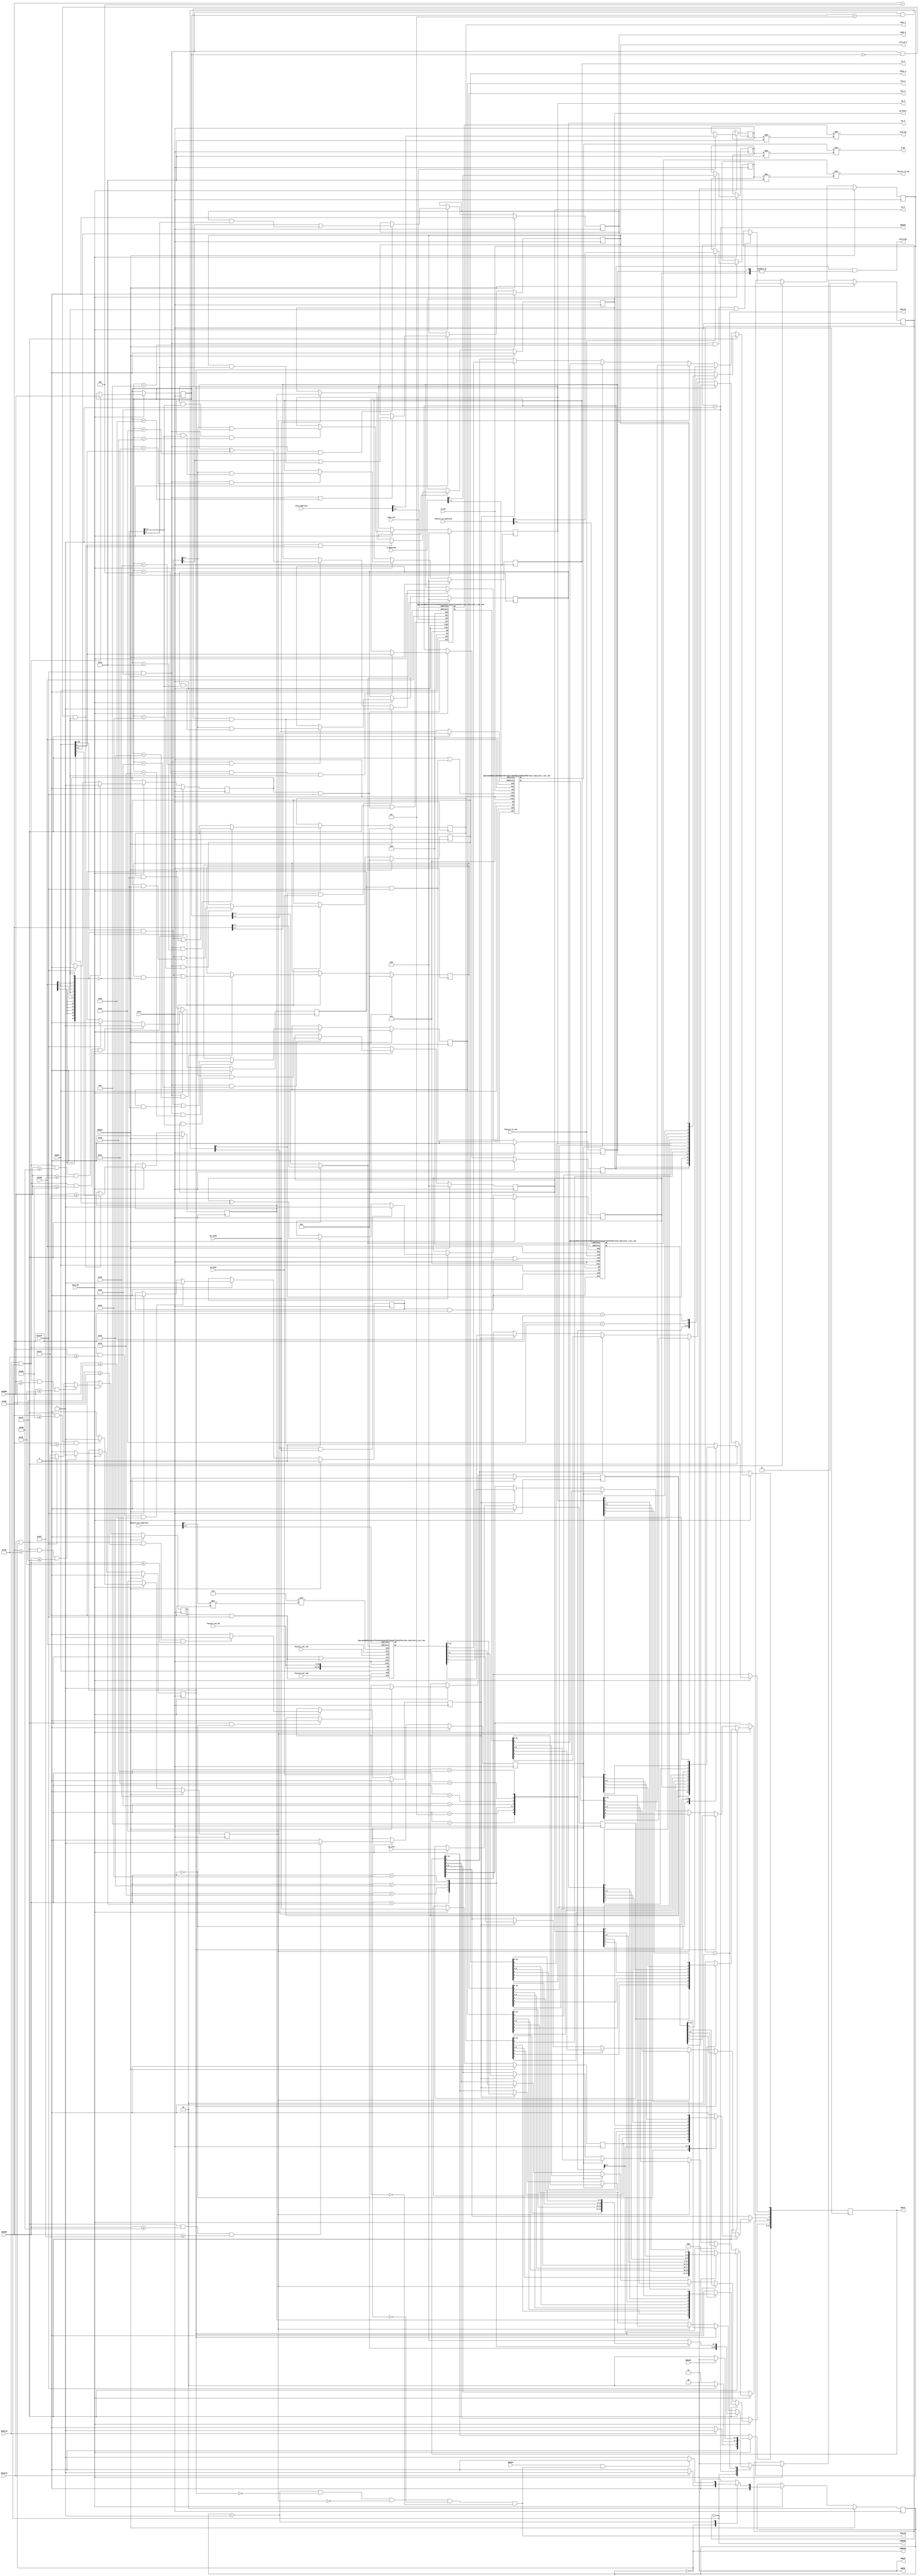
// ==============================================================
// File generated on Sun Apr 28 14:40:29 +0800 2024
// Vivado(TM) HLS - High-Level Synthesis from C, C++ and SystemC v2018.3 (64-bit)
// SW Build 2405991 on Thu Dec  6 23:38:27 MST 2018
// IP Build 2404404 on Fri Dec  7 01:43:56 MST 2018
// Copyright 1986-2018 Xilinx, Inc. All Rights Reserved.
// ==============================================================
`timescale 1ns/1ps
module Conv_AXILiteS_s_axi
#(parameter
    C_S_AXI_ADDR_WIDTH = 11,
    C_S_AXI_DATA_WIDTH = 32
)(
    // axi4 lite slave signals
    input  wire                          ACLK,
    input  wire                          ARESET,
    input  wire                          ACLK_EN,
    input  wire [C_S_AXI_ADDR_WIDTH-1:0] AWADDR,
    input  wire                          AWVALID,
    output wire                          AWREADY,
    input  wire [C_S_AXI_DATA_WIDTH-1:0] WDATA,
    input  wire [C_S_AXI_DATA_WIDTH/8-1:0] WSTRB,
    input  wire                          WVALID,
    output wire                          WREADY,
    output wire [1:0]                    BRESP,
    output wire                          BVALID,
    input  wire                          BREADY,
    input  wire [C_S_AXI_ADDR_WIDTH-1:0] ARADDR,
    input  wire                          ARVALID,
    output wire                          ARREADY,
    output wire [C_S_AXI_DATA_WIDTH-1:0] RDATA,
    output wire [1:0]                    RRESP,
    output wire                          RVALID,
    input  wire                          RREADY,
    output wire                          interrupt,
    // user signals
    output wire                          ap_start,
    input  wire                          ap_done,
    input  wire                          ap_ready,
    input  wire                          ap_idle,
    output wire [15:0]                   CHin_V,
    output wire [15:0]                   Hin_V,
    output wire [15:0]                   Win_V,
    output wire [15:0]                   CHout_V,
    output wire [7:0]                    Kx_V,
    output wire [7:0]                    Ky_V,
    output wire [7:0]                    Sx_V,
    output wire [7:0]                    Sy_V,
    output wire [0:0]                    mode_V,
    output wire [0:0]                    relu_en_V,
    input  wire [6:0]                    feature_in_address0,
    input  wire                          feature_in_ce0,
    output wire [15:0]                   feature_in_q0,
    input  wire [3:0]                    W_address0,
    input  wire                          W_ce0,
    output wire [15:0]                   W_q0,
    input  wire [6:0]                    bias_address0,
    input  wire                          bias_ce0,
    output wire [15:0]                   bias_q0,
    input  wire [6:0]                    feature_out_address0,
    input  wire                          feature_out_ce0,
    input  wire                          feature_out_we0,
    input  wire [15:0]                   feature_out_d0
);
//------------------------Address Info-------------------
// 0x000 : Control signals
//         bit 0  - ap_start (Read/Write/COH)
//         bit 1  - ap_done (Read/COR)
//         bit 2  - ap_idle (Read)
//         bit 3  - ap_ready (Read)
//         bit 7  - auto_restart (Read/Write)
//         others - reserved
// 0x004 : Global Interrupt Enable Register
//         bit 0  - Global Interrupt Enable (Read/Write)
//         others - reserved
// 0x008 : IP Interrupt Enable Register (Read/Write)
//         bit 0  - Channel 0 (ap_done)
//         bit 1  - Channel 1 (ap_ready)
//         others - reserved
// 0x00c : IP Interrupt Status Register (Read/TOW)
//         bit 0  - Channel 0 (ap_done)
//         bit 1  - Channel 1 (ap_ready)
//         others - reserved
// 0x010 : Data signal of CHin_V
//         bit 15~0 - CHin_V[15:0] (Read/Write)
//         others   - reserved
// 0x014 : reserved
// 0x018 : Data signal of Hin_V
//         bit 15~0 - Hin_V[15:0] (Read/Write)
//         others   - reserved
// 0x01c : reserved
// 0x020 : Data signal of Win_V
//         bit 15~0 - Win_V[15:0] (Read/Write)
//         others   - reserved
// 0x024 : reserved
// 0x028 : Data signal of CHout_V
//         bit 15~0 - CHout_V[15:0] (Read/Write)
//         others   - reserved
// 0x02c : reserved
// 0x030 : Data signal of Kx_V
//         bit 7~0 - Kx_V[7:0] (Read/Write)
//         others  - reserved
// 0x034 : reserved
// 0x038 : Data signal of Ky_V
//         bit 7~0 - Ky_V[7:0] (Read/Write)
//         others  - reserved
// 0x03c : reserved
// 0x040 : Data signal of Sx_V
//         bit 7~0 - Sx_V[7:0] (Read/Write)
//         others  - reserved
// 0x044 : reserved
// 0x048 : Data signal of Sy_V
//         bit 7~0 - Sy_V[7:0] (Read/Write)
//         others  - reserved
// 0x04c : reserved
// 0x050 : Data signal of mode_V
//         bit 0  - mode_V[0] (Read/Write)
//         others - reserved
// 0x054 : reserved
// 0x058 : Data signal of relu_en_V
//         bit 0  - relu_en_V[0] (Read/Write)
//         others - reserved
// 0x05c : reserved
// 0x100 ~
// 0x1ff : Memory 'feature_in' (100 * 16b)
//         Word n : bit [15: 0] - feature_in[2n]
//                  bit [31:16] - feature_in[2n+1]
// 0x200 ~
// 0x21f : Memory 'W' (9 * 16b)
//         Word n : bit [15: 0] - W[2n]
//                  bit [31:16] - W[2n+1]
// 0x300 ~
// 0x3ff : Memory 'bias' (100 * 16b)
//         Word n : bit [15: 0] - bias[2n]
//                  bit [31:16] - bias[2n+1]
// 0x400 ~
// 0x4ff : Memory 'feature_out' (100 * 16b)
//         Word n : bit [15: 0] - feature_out[2n]
//                  bit [31:16] - feature_out[2n+1]
// (SC = Self Clear, COR = Clear on Read, TOW = Toggle on Write, COH = Clear on Handshake)

//------------------------Parameter----------------------
localparam
    ADDR_AP_CTRL          = 11'h000,
    ADDR_GIE              = 11'h004,
    ADDR_IER              = 11'h008,
    ADDR_ISR              = 11'h00c,
    ADDR_CHIN_V_DATA_0    = 11'h010,
    ADDR_CHIN_V_CTRL      = 11'h014,
    ADDR_HIN_V_DATA_0     = 11'h018,
    ADDR_HIN_V_CTRL       = 11'h01c,
    ADDR_WIN_V_DATA_0     = 11'h020,
    ADDR_WIN_V_CTRL       = 11'h024,
    ADDR_CHOUT_V_DATA_0   = 11'h028,
    ADDR_CHOUT_V_CTRL     = 11'h02c,
    ADDR_KX_V_DATA_0      = 11'h030,
    ADDR_KX_V_CTRL        = 11'h034,
    ADDR_KY_V_DATA_0      = 11'h038,
    ADDR_KY_V_CTRL        = 11'h03c,
    ADDR_SX_V_DATA_0      = 11'h040,
    ADDR_SX_V_CTRL        = 11'h044,
    ADDR_SY_V_DATA_0      = 11'h048,
    ADDR_SY_V_CTRL        = 11'h04c,
    ADDR_MODE_V_DATA_0    = 11'h050,
    ADDR_MODE_V_CTRL      = 11'h054,
    ADDR_RELU_EN_V_DATA_0 = 11'h058,
    ADDR_RELU_EN_V_CTRL   = 11'h05c,
    ADDR_FEATURE_IN_BASE  = 11'h100,
    ADDR_FEATURE_IN_HIGH  = 11'h1ff,
    ADDR_W_BASE           = 11'h200,
    ADDR_W_HIGH           = 11'h21f,
    ADDR_BIAS_BASE        = 11'h300,
    ADDR_BIAS_HIGH        = 11'h3ff,
    ADDR_FEATURE_OUT_BASE = 11'h400,
    ADDR_FEATURE_OUT_HIGH = 11'h4ff,
    WRIDLE                = 2'd0,
    WRDATA                = 2'd1,
    WRRESP                = 2'd2,
    WRRESET               = 2'd3,
    RDIDLE                = 2'd0,
    RDDATA                = 2'd1,
    RDRESET               = 2'd2,
    ADDR_BITS         = 11;

//------------------------Local signal-------------------
    reg  [1:0]                    wstate = WRRESET;
    reg  [1:0]                    wnext;
    reg  [ADDR_BITS-1:0]          waddr;
    wire [31:0]                   wmask;
    wire                          aw_hs;
    wire                          w_hs;
    reg  [1:0]                    rstate = RDRESET;
    reg  [1:0]                    rnext;
    reg  [31:0]                   rdata;
    wire                          ar_hs;
    wire [ADDR_BITS-1:0]          raddr;
    // internal registers
    reg                           int_ap_idle;
    reg                           int_ap_ready;
    reg                           int_ap_done = 1'b0;
    reg                           int_ap_start = 1'b0;
    reg                           int_auto_restart = 1'b0;
    reg                           int_gie = 1'b0;
    reg  [1:0]                    int_ier = 2'b0;
    reg  [1:0]                    int_isr = 2'b0;
    reg  [15:0]                   int_CHin_V = 'b0;
    reg  [15:0]                   int_Hin_V = 'b0;
    reg  [15:0]                   int_Win_V = 'b0;
    reg  [15:0]                   int_CHout_V = 'b0;
    reg  [7:0]                    int_Kx_V = 'b0;
    reg  [7:0]                    int_Ky_V = 'b0;
    reg  [7:0]                    int_Sx_V = 'b0;
    reg  [7:0]                    int_Sy_V = 'b0;
    reg  [0:0]                    int_mode_V = 'b0;
    reg  [0:0]                    int_relu_en_V = 'b0;
    // memory signals
    wire [5:0]                    int_feature_in_address0;
    wire                          int_feature_in_ce0;
    wire                          int_feature_in_we0;
    wire [3:0]                    int_feature_in_be0;
    wire [31:0]                   int_feature_in_d0;
    wire [31:0]                   int_feature_in_q0;
    wire [5:0]                    int_feature_in_address1;
    wire                          int_feature_in_ce1;
    wire                          int_feature_in_we1;
    wire [3:0]                    int_feature_in_be1;
    wire [31:0]                   int_feature_in_d1;
    wire [31:0]                   int_feature_in_q1;
    reg                           int_feature_in_read;
    reg                           int_feature_in_write;
    reg  [0:0]                    int_feature_in_shift;
    wire [2:0]                    int_W_address0;
    wire                          int_W_ce0;
    wire                          int_W_we0;
    wire [3:0]                    int_W_be0;
    wire [31:0]                   int_W_d0;
    wire [31:0]                   int_W_q0;
    wire [2:0]                    int_W_address1;
    wire                          int_W_ce1;
    wire                          int_W_we1;
    wire [3:0]                    int_W_be1;
    wire [31:0]                   int_W_d1;
    wire [31:0]                   int_W_q1;
    reg                           int_W_read;
    reg                           int_W_write;
    reg  [0:0]                    int_W_shift;
    wire [5:0]                    int_bias_address0;
    wire                          int_bias_ce0;
    wire                          int_bias_we0;
    wire [3:0]                    int_bias_be0;
    wire [31:0]                   int_bias_d0;
    wire [31:0]                   int_bias_q0;
    wire [5:0]                    int_bias_address1;
    wire                          int_bias_ce1;
    wire                          int_bias_we1;
    wire [3:0]                    int_bias_be1;
    wire [31:0]                   int_bias_d1;
    wire [31:0]                   int_bias_q1;
    reg                           int_bias_read;
    reg                           int_bias_write;
    reg  [0:0]                    int_bias_shift;
    wire [5:0]                    int_feature_out_address0;
    wire                          int_feature_out_ce0;
    wire                          int_feature_out_we0;
    wire [3:0]                    int_feature_out_be0;
    wire [31:0]                   int_feature_out_d0;
    wire [31:0]                   int_feature_out_q0;
    wire [5:0]                    int_feature_out_address1;
    wire                          int_feature_out_ce1;
    wire                          int_feature_out_we1;
    wire [3:0]                    int_feature_out_be1;
    wire [31:0]                   int_feature_out_d1;
    wire [31:0]                   int_feature_out_q1;
    reg                           int_feature_out_read;
    reg                           int_feature_out_write;
    reg  [0:0]                    int_feature_out_shift;

//------------------------Instantiation------------------
// int_feature_in
Conv_AXILiteS_s_axi_ram #(
    .BYTES    ( 4 ),
    .DEPTH    ( 50 )
) int_feature_in (
    .clk0     ( ACLK ),
    .address0 ( int_feature_in_address0 ),
    .ce0      ( int_feature_in_ce0 ),
    .we0      ( int_feature_in_we0 ),
    .be0      ( int_feature_in_be0 ),
    .d0       ( int_feature_in_d0 ),
    .q0       ( int_feature_in_q0 ),
    .clk1     ( ACLK ),
    .address1 ( int_feature_in_address1 ),
    .ce1      ( int_feature_in_ce1 ),
    .we1      ( int_feature_in_we1 ),
    .be1      ( int_feature_in_be1 ),
    .d1       ( int_feature_in_d1 ),
    .q1       ( int_feature_in_q1 )
);
// int_W
Conv_AXILiteS_s_axi_ram #(
    .BYTES    ( 4 ),
    .DEPTH    ( 5 )
) int_W (
    .clk0     ( ACLK ),
    .address0 ( int_W_address0 ),
    .ce0      ( int_W_ce0 ),
    .we0      ( int_W_we0 ),
    .be0      ( int_W_be0 ),
    .d0       ( int_W_d0 ),
    .q0       ( int_W_q0 ),
    .clk1     ( ACLK ),
    .address1 ( int_W_address1 ),
    .ce1      ( int_W_ce1 ),
    .we1      ( int_W_we1 ),
    .be1      ( int_W_be1 ),
    .d1       ( int_W_d1 ),
    .q1       ( int_W_q1 )
);
// int_bias
Conv_AXILiteS_s_axi_ram #(
    .BYTES    ( 4 ),
    .DEPTH    ( 50 )
) int_bias (
    .clk0     ( ACLK ),
    .address0 ( int_bias_address0 ),
    .ce0      ( int_bias_ce0 ),
    .we0      ( int_bias_we0 ),
    .be0      ( int_bias_be0 ),
    .d0       ( int_bias_d0 ),
    .q0       ( int_bias_q0 ),
    .clk1     ( ACLK ),
    .address1 ( int_bias_address1 ),
    .ce1      ( int_bias_ce1 ),
    .we1      ( int_bias_we1 ),
    .be1      ( int_bias_be1 ),
    .d1       ( int_bias_d1 ),
    .q1       ( int_bias_q1 )
);
// int_feature_out
Conv_AXILiteS_s_axi_ram #(
    .BYTES    ( 4 ),
    .DEPTH    ( 50 )
) int_feature_out (
    .clk0     ( ACLK ),
    .address0 ( int_feature_out_address0 ),
    .ce0      ( int_feature_out_ce0 ),
    .we0      ( int_feature_out_we0 ),
    .be0      ( int_feature_out_be0 ),
    .d0       ( int_feature_out_d0 ),
    .q0       ( int_feature_out_q0 ),
    .clk1     ( ACLK ),
    .address1 ( int_feature_out_address1 ),
    .ce1      ( int_feature_out_ce1 ),
    .we1      ( int_feature_out_we1 ),
    .be1      ( int_feature_out_be1 ),
    .d1       ( int_feature_out_d1 ),
    .q1       ( int_feature_out_q1 )
);

//------------------------AXI write fsm------------------
assign AWREADY = (wstate == WRIDLE);
assign WREADY  = (wstate == WRDATA);
assign BRESP   = 2'b00;  // OKAY
assign BVALID  = (wstate == WRRESP);
assign wmask   = { {8{WSTRB[3]}}, {8{WSTRB[2]}}, {8{WSTRB[1]}}, {8{WSTRB[0]}} };
assign aw_hs   = AWVALID & AWREADY;
assign w_hs    = WVALID & WREADY;

// wstate
always @(posedge ACLK) begin
    if (ARESET)
        wstate <= WRRESET;
    else if (ACLK_EN)
        wstate <= wnext;
end

// wnext
always @(*) begin
    case (wstate)
        WRIDLE:
            if (AWVALID)
                wnext = WRDATA;
            else
                wnext = WRIDLE;
        WRDATA:
            if (WVALID)
                wnext = WRRESP;
            else
                wnext = WRDATA;
        WRRESP:
            if (BREADY)
                wnext = WRIDLE;
            else
                wnext = WRRESP;
        default:
            wnext = WRIDLE;
    endcase
end

// waddr
always @(posedge ACLK) begin
    if (ACLK_EN) begin
        if (aw_hs)
            waddr <= AWADDR[ADDR_BITS-1:0];
    end
end

//------------------------AXI read fsm-------------------
assign ARREADY = (rstate == RDIDLE);
assign RDATA   = rdata;
assign RRESP   = 2'b00;  // OKAY
assign RVALID  = (rstate == RDDATA) & !int_feature_in_read & !int_W_read & !int_bias_read & !int_feature_out_read;
assign ar_hs   = ARVALID & ARREADY;
assign raddr   = ARADDR[ADDR_BITS-1:0];

// rstate
always @(posedge ACLK) begin
    if (ARESET)
        rstate <= RDRESET;
    else if (ACLK_EN)
        rstate <= rnext;
end

// rnext
always @(*) begin
    case (rstate)
        RDIDLE:
            if (ARVALID)
                rnext = RDDATA;
            else
                rnext = RDIDLE;
        RDDATA:
            if (RREADY & RVALID)
                rnext = RDIDLE;
            else
                rnext = RDDATA;
        default:
            rnext = RDIDLE;
    endcase
end

// rdata
always @(posedge ACLK) begin
    if (ACLK_EN) begin
        if (ar_hs) begin
            rdata <= 1'b0;
            case (raddr)
                ADDR_AP_CTRL: begin
                    rdata[0] <= int_ap_start;
                    rdata[1] <= int_ap_done;
                    rdata[2] <= int_ap_idle;
                    rdata[3] <= int_ap_ready;
                    rdata[7] <= int_auto_restart;
                end
                ADDR_GIE: begin
                    rdata <= int_gie;
                end
                ADDR_IER: begin
                    rdata <= int_ier;
                end
                ADDR_ISR: begin
                    rdata <= int_isr;
                end
                ADDR_CHIN_V_DATA_0: begin
                    rdata <= int_CHin_V[15:0];
                end
                ADDR_HIN_V_DATA_0: begin
                    rdata <= int_Hin_V[15:0];
                end
                ADDR_WIN_V_DATA_0: begin
                    rdata <= int_Win_V[15:0];
                end
                ADDR_CHOUT_V_DATA_0: begin
                    rdata <= int_CHout_V[15:0];
                end
                ADDR_KX_V_DATA_0: begin
                    rdata <= int_Kx_V[7:0];
                end
                ADDR_KY_V_DATA_0: begin
                    rdata <= int_Ky_V[7:0];
                end
                ADDR_SX_V_DATA_0: begin
                    rdata <= int_Sx_V[7:0];
                end
                ADDR_SY_V_DATA_0: begin
                    rdata <= int_Sy_V[7:0];
                end
                ADDR_MODE_V_DATA_0: begin
                    rdata <= int_mode_V[0:0];
                end
                ADDR_RELU_EN_V_DATA_0: begin
                    rdata <= int_relu_en_V[0:0];
                end
            endcase
        end
        else if (int_feature_in_read) begin
            rdata <= int_feature_in_q1;
        end
        else if (int_W_read) begin
            rdata <= int_W_q1;
        end
        else if (int_bias_read) begin
            rdata <= int_bias_q1;
        end
        else if (int_feature_out_read) begin
            rdata <= int_feature_out_q1;
        end
    end
end


//------------------------Register logic-----------------
assign interrupt = int_gie & (|int_isr);
assign ap_start  = int_ap_start;
assign CHin_V    = int_CHin_V;
assign Hin_V     = int_Hin_V;
assign Win_V     = int_Win_V;
assign CHout_V   = int_CHout_V;
assign Kx_V      = int_Kx_V;
assign Ky_V      = int_Ky_V;
assign Sx_V      = int_Sx_V;
assign Sy_V      = int_Sy_V;
assign mode_V    = int_mode_V;
assign relu_en_V = int_relu_en_V;
// int_ap_start
always @(posedge ACLK) begin
    if (ARESET)
        int_ap_start <= 1'b0;
    else if (ACLK_EN) begin
        if (w_hs && waddr == ADDR_AP_CTRL && WSTRB[0] && WDATA[0])
            int_ap_start <= 1'b1;
        else if (ap_ready)
            int_ap_start <= int_auto_restart; // clear on handshake/auto restart
    end
end

// int_ap_done
always @(posedge ACLK) begin
    if (ARESET)
        int_ap_done <= 1'b0;
    else if (ACLK_EN) begin
        if (ap_done)
            int_ap_done <= 1'b1;
        else if (ar_hs && raddr == ADDR_AP_CTRL)
            int_ap_done <= 1'b0; // clear on read
    end
end

// int_ap_idle
always @(posedge ACLK) begin
    if (ARESET)
        int_ap_idle <= 1'b0;
    else if (ACLK_EN) begin
            int_ap_idle <= ap_idle;
    end
end

// int_ap_ready
always @(posedge ACLK) begin
    if (ARESET)
        int_ap_ready <= 1'b0;
    else if (ACLK_EN) begin
            int_ap_ready <= ap_ready;
    end
end

// int_auto_restart
always @(posedge ACLK) begin
    if (ARESET)
        int_auto_restart <= 1'b0;
    else if (ACLK_EN) begin
        if (w_hs && waddr == ADDR_AP_CTRL && WSTRB[0])
            int_auto_restart <=  WDATA[7];
    end
end

// int_gie
always @(posedge ACLK) begin
    if (ARESET)
        int_gie <= 1'b0;
    else if (ACLK_EN) begin
        if (w_hs && waddr == ADDR_GIE && WSTRB[0])
            int_gie <= WDATA[0];
    end
end

// int_ier
always @(posedge ACLK) begin
    if (ARESET)
        int_ier <= 1'b0;
    else if (ACLK_EN) begin
        if (w_hs && waddr == ADDR_IER && WSTRB[0])
            int_ier <= WDATA[1:0];
    end
end

// int_isr[0]
always @(posedge ACLK) begin
    if (ARESET)
        int_isr[0] <= 1'b0;
    else if (ACLK_EN) begin
        if (int_ier[0] & ap_done)
            int_isr[0] <= 1'b1;
        else if (w_hs && waddr == ADDR_ISR && WSTRB[0])
            int_isr[0] <= int_isr[0] ^ WDATA[0]; // toggle on write
    end
end

// int_isr[1]
always @(posedge ACLK) begin
    if (ARESET)
        int_isr[1] <= 1'b0;
    else if (ACLK_EN) begin
        if (int_ier[1] & ap_ready)
            int_isr[1] <= 1'b1;
        else if (w_hs && waddr == ADDR_ISR && WSTRB[0])
            int_isr[1] <= int_isr[1] ^ WDATA[1]; // toggle on write
    end
end

// int_CHin_V[15:0]
always @(posedge ACLK) begin
    if (ARESET)
        int_CHin_V[15:0] <= 0;
    else if (ACLK_EN) begin
        if (w_hs && waddr == ADDR_CHIN_V_DATA_0)
            int_CHin_V[15:0] <= (WDATA[31:0] & wmask) | (int_CHin_V[15:0] & ~wmask);
    end
end

// int_Hin_V[15:0]
always @(posedge ACLK) begin
    if (ARESET)
        int_Hin_V[15:0] <= 0;
    else if (ACLK_EN) begin
        if (w_hs && waddr == ADDR_HIN_V_DATA_0)
            int_Hin_V[15:0] <= (WDATA[31:0] & wmask) | (int_Hin_V[15:0] & ~wmask);
    end
end

// int_Win_V[15:0]
always @(posedge ACLK) begin
    if (ARESET)
        int_Win_V[15:0] <= 0;
    else if (ACLK_EN) begin
        if (w_hs && waddr == ADDR_WIN_V_DATA_0)
            int_Win_V[15:0] <= (WDATA[31:0] & wmask) | (int_Win_V[15:0] & ~wmask);
    end
end

// int_CHout_V[15:0]
always @(posedge ACLK) begin
    if (ARESET)
        int_CHout_V[15:0] <= 0;
    else if (ACLK_EN) begin
        if (w_hs && waddr == ADDR_CHOUT_V_DATA_0)
            int_CHout_V[15:0] <= (WDATA[31:0] & wmask) | (int_CHout_V[15:0] & ~wmask);
    end
end

// int_Kx_V[7:0]
always @(posedge ACLK) begin
    if (ARESET)
        int_Kx_V[7:0] <= 0;
    else if (ACLK_EN) begin
        if (w_hs && waddr == ADDR_KX_V_DATA_0)
            int_Kx_V[7:0] <= (WDATA[31:0] & wmask) | (int_Kx_V[7:0] & ~wmask);
    end
end

// int_Ky_V[7:0]
always @(posedge ACLK) begin
    if (ARESET)
        int_Ky_V[7:0] <= 0;
    else if (ACLK_EN) begin
        if (w_hs && waddr == ADDR_KY_V_DATA_0)
            int_Ky_V[7:0] <= (WDATA[31:0] & wmask) | (int_Ky_V[7:0] & ~wmask);
    end
end

// int_Sx_V[7:0]
always @(posedge ACLK) begin
    if (ARESET)
        int_Sx_V[7:0] <= 0;
    else if (ACLK_EN) begin
        if (w_hs && waddr == ADDR_SX_V_DATA_0)
            int_Sx_V[7:0] <= (WDATA[31:0] & wmask) | (int_Sx_V[7:0] & ~wmask);
    end
end

// int_Sy_V[7:0]
always @(posedge ACLK) begin
    if (ARESET)
        int_Sy_V[7:0] <= 0;
    else if (ACLK_EN) begin
        if (w_hs && waddr == ADDR_SY_V_DATA_0)
            int_Sy_V[7:0] <= (WDATA[31:0] & wmask) | (int_Sy_V[7:0] & ~wmask);
    end
end

// int_mode_V[0:0]
always @(posedge ACLK) begin
    if (ARESET)
        int_mode_V[0:0] <= 0;
    else if (ACLK_EN) begin
        if (w_hs && waddr == ADDR_MODE_V_DATA_0)
            int_mode_V[0:0] <= (WDATA[31:0] & wmask) | (int_mode_V[0:0] & ~wmask);
    end
end

// int_relu_en_V[0:0]
always @(posedge ACLK) begin
    if (ARESET)
        int_relu_en_V[0:0] <= 0;
    else if (ACLK_EN) begin
        if (w_hs && waddr == ADDR_RELU_EN_V_DATA_0)
            int_relu_en_V[0:0] <= (WDATA[31:0] & wmask) | (int_relu_en_V[0:0] & ~wmask);
    end
end


//------------------------Memory logic-------------------
// feature_in
assign int_feature_in_address0  = feature_in_address0 >> 1;
assign int_feature_in_ce0       = feature_in_ce0;
assign int_feature_in_we0       = 1'b0;
assign int_feature_in_be0       = 1'b0;
assign int_feature_in_d0        = 1'b0;
assign feature_in_q0            = int_feature_in_q0 >> (int_feature_in_shift * 16);
assign int_feature_in_address1  = ar_hs? raddr[7:2] : waddr[7:2];
assign int_feature_in_ce1       = ar_hs | (int_feature_in_write & WVALID);
assign int_feature_in_we1       = int_feature_in_write & WVALID;
assign int_feature_in_be1       = WSTRB;
assign int_feature_in_d1        = WDATA;
// W
assign int_W_address0           = W_address0 >> 1;
assign int_W_ce0                = W_ce0;
assign int_W_we0                = 1'b0;
assign int_W_be0                = 1'b0;
assign int_W_d0                 = 1'b0;
assign W_q0                     = int_W_q0 >> (int_W_shift * 16);
assign int_W_address1           = ar_hs? raddr[4:2] : waddr[4:2];
assign int_W_ce1                = ar_hs | (int_W_write & WVALID);
assign int_W_we1                = int_W_write & WVALID;
assign int_W_be1                = WSTRB;
assign int_W_d1                 = WDATA;
// bias
assign int_bias_address0        = bias_address0 >> 1;
assign int_bias_ce0             = bias_ce0;
assign int_bias_we0             = 1'b0;
assign int_bias_be0             = 1'b0;
assign int_bias_d0              = 1'b0;
assign bias_q0                  = int_bias_q0 >> (int_bias_shift * 16);
assign int_bias_address1        = ar_hs? raddr[7:2] : waddr[7:2];
assign int_bias_ce1             = ar_hs | (int_bias_write & WVALID);
assign int_bias_we1             = int_bias_write & WVALID;
assign int_bias_be1             = WSTRB;
assign int_bias_d1              = WDATA;
// feature_out
assign int_feature_out_address0 = feature_out_address0 >> 1;
assign int_feature_out_ce0      = feature_out_ce0;
assign int_feature_out_we0      = feature_out_we0;
assign int_feature_out_be0      = 3 << (feature_out_address0[0] * 2);
assign int_feature_out_d0       = {2{feature_out_d0}};
assign int_feature_out_address1 = ar_hs? raddr[7:2] : waddr[7:2];
assign int_feature_out_ce1      = ar_hs | (int_feature_out_write & WVALID);
assign int_feature_out_we1      = int_feature_out_write & WVALID;
assign int_feature_out_be1      = WSTRB;
assign int_feature_out_d1       = WDATA;
// int_feature_in_read
always @(posedge ACLK) begin
    if (ARESET)
        int_feature_in_read <= 1'b0;
    else if (ACLK_EN) begin
        if (ar_hs && raddr >= ADDR_FEATURE_IN_BASE && raddr <= ADDR_FEATURE_IN_HIGH)
            int_feature_in_read <= 1'b1;
        else
            int_feature_in_read <= 1'b0;
    end
end

// int_feature_in_write
always @(posedge ACLK) begin
    if (ARESET)
        int_feature_in_write <= 1'b0;
    else if (ACLK_EN) begin
        if (aw_hs && AWADDR[ADDR_BITS-1:0] >= ADDR_FEATURE_IN_BASE && AWADDR[ADDR_BITS-1:0] <= ADDR_FEATURE_IN_HIGH)
            int_feature_in_write <= 1'b1;
        else if (WVALID)
            int_feature_in_write <= 1'b0;
    end
end

// int_feature_in_shift
always @(posedge ACLK) begin
    if (ACLK_EN) begin
        if (feature_in_ce0)
            int_feature_in_shift <= feature_in_address0[0];
    end
end

// int_W_read
always @(posedge ACLK) begin
    if (ARESET)
        int_W_read <= 1'b0;
    else if (ACLK_EN) begin
        if (ar_hs && raddr >= ADDR_W_BASE && raddr <= ADDR_W_HIGH)
            int_W_read <= 1'b1;
        else
            int_W_read <= 1'b0;
    end
end

// int_W_write
always @(posedge ACLK) begin
    if (ARESET)
        int_W_write <= 1'b0;
    else if (ACLK_EN) begin
        if (aw_hs && AWADDR[ADDR_BITS-1:0] >= ADDR_W_BASE && AWADDR[ADDR_BITS-1:0] <= ADDR_W_HIGH)
            int_W_write <= 1'b1;
        else if (WVALID)
            int_W_write <= 1'b0;
    end
end

// int_W_shift
always @(posedge ACLK) begin
    if (ACLK_EN) begin
        if (W_ce0)
            int_W_shift <= W_address0[0];
    end
end

// int_bias_read
always @(posedge ACLK) begin
    if (ARESET)
        int_bias_read <= 1'b0;
    else if (ACLK_EN) begin
        if (ar_hs && raddr >= ADDR_BIAS_BASE && raddr <= ADDR_BIAS_HIGH)
            int_bias_read <= 1'b1;
        else
            int_bias_read <= 1'b0;
    end
end

// int_bias_write
always @(posedge ACLK) begin
    if (ARESET)
        int_bias_write <= 1'b0;
    else if (ACLK_EN) begin
        if (aw_hs && AWADDR[ADDR_BITS-1:0] >= ADDR_BIAS_BASE && AWADDR[ADDR_BITS-1:0] <= ADDR_BIAS_HIGH)
            int_bias_write <= 1'b1;
        else if (WVALID)
            int_bias_write <= 1'b0;
    end
end

// int_bias_shift
always @(posedge ACLK) begin
    if (ACLK_EN) begin
        if (bias_ce0)
            int_bias_shift <= bias_address0[0];
    end
end

// int_feature_out_read
always @(posedge ACLK) begin
    if (ARESET)
        int_feature_out_read <= 1'b0;
    else if (ACLK_EN) begin
        if (ar_hs && raddr >= ADDR_FEATURE_OUT_BASE && raddr <= ADDR_FEATURE_OUT_HIGH)
            int_feature_out_read <= 1'b1;
        else
            int_feature_out_read <= 1'b0;
    end
end

// int_feature_out_write
always @(posedge ACLK) begin
    if (ARESET)
        int_feature_out_write <= 1'b0;
    else if (ACLK_EN) begin
        if (aw_hs && AWADDR[ADDR_BITS-1:0] >= ADDR_FEATURE_OUT_BASE && AWADDR[ADDR_BITS-1:0] <= ADDR_FEATURE_OUT_HIGH)
            int_feature_out_write <= 1'b1;
        else if (WVALID)
            int_feature_out_write <= 1'b0;
    end
end

// int_feature_out_shift
always @(posedge ACLK) begin
    if (ACLK_EN) begin
        if (feature_out_ce0)
            int_feature_out_shift <= feature_out_address0[0];
    end
end


endmodule


`timescale 1ns/1ps

module Conv_AXILiteS_s_axi_ram
#(parameter
    BYTES  = 4,
    DEPTH  = 256,
    AWIDTH = log2(DEPTH)
) (
    input  wire               clk0,
    input  wire [AWIDTH-1:0]  address0,
    input  wire               ce0,
    input  wire               we0,
    input  wire [BYTES-1:0]   be0,
    input  wire [BYTES*8-1:0] d0,
    output reg  [BYTES*8-1:0] q0,
    input  wire               clk1,
    input  wire [AWIDTH-1:0]  address1,
    input  wire               ce1,
    input  wire               we1,
    input  wire [BYTES-1:0]   be1,
    input  wire [BYTES*8-1:0] d1,
    output reg  [BYTES*8-1:0] q1
);
//------------------------Local signal-------------------
reg  [BYTES*8-1:0] mem[0:DEPTH-1];
//------------------------Task and function--------------
function integer log2;
    input integer x;
    integer n, m;
begin
    n = 1;
    m = 2;
    while (m < x) begin
        n = n + 1;
        m = m * 2;
    end
    log2 = n;
end
endfunction
//------------------------Body---------------------------
// read port 0
always @(posedge clk0) begin
    if (ce0) q0 <= mem[address0];
end

// read port 1
always @(posedge clk1) begin
    if (ce1) q1 <= mem[address1];
end

genvar i;
generate
    for (i = 0; i < BYTES; i = i + 1) begin : gen_write
        // write port 0
        always @(posedge clk0) begin
            if (ce0 & we0 & be0[i]) begin
                mem[address0][8*i+7:8*i] <= d0[8*i+7:8*i];
            end
        end
        // write port 1
        always @(posedge clk1) begin
            if (ce1 & we1 & be1[i]) begin
                mem[address1][8*i+7:8*i] <= d1[8*i+7:8*i];
            end
        end
    end
endgenerate

endmodule